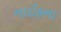
નાઈકના